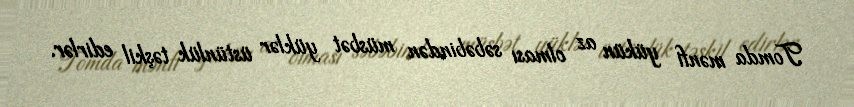
Tomda mənfi yükün az olması səbəbindən müsbət yüklər üstünlük təşkil edirlər.